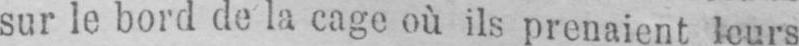
sur le bord de la cage où ils prenaient leurs